Report of the Municipal Commissioner on the plague in Bombay for the year ending 31st May... - Volume 2
Disease focus: Plague
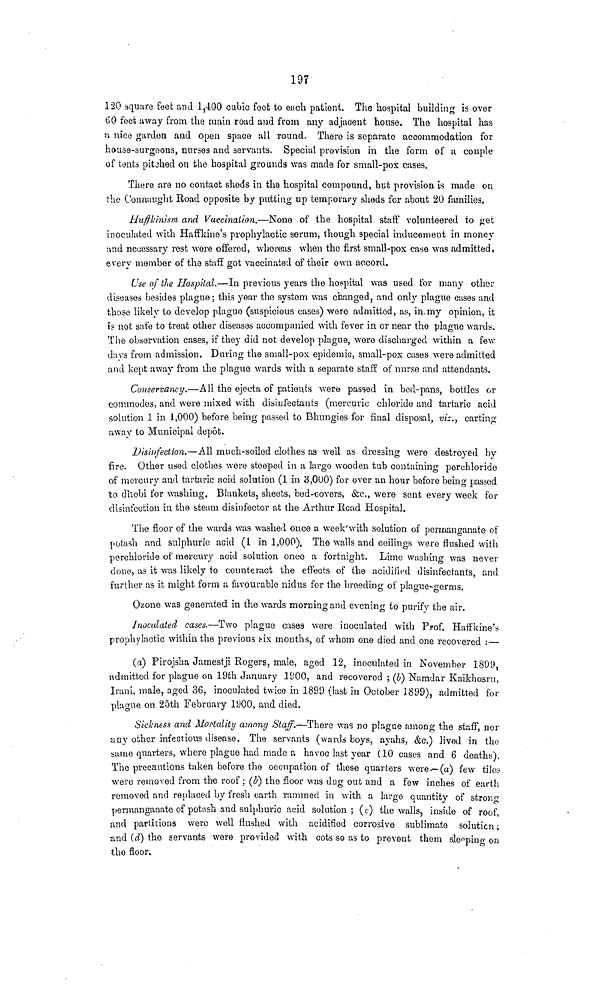
197
120 square feet and 1,400 cubic foot to each patient, The hospital building is over
60 feet away from the main road and from any adjacent house. The hospital has
•a nice garden and open space all round. There is separate accommodation for
house-surgoons, nurses and servants. Special provision in the form of a couple
of tdnts pitched on the hospital grounds was made for small-pox cases.
There are no contact sheds in the hospital compound, but provision is made on
the Connaught Road opposite by putting up temporary sheds for about 20 families.
Huftkinism and Vaccination.—None of the hospital staff volunteered to get
inoculated with Haffkine's prophylactic serum, though special inducement in money
and necessary rest wore offered, whereas when the first small-pox case was admitted,
every member of the staff got vaccinated of their own accord.
Use of the Hospital.—In previous years the hospital was used for many other
diseases besides plague; this year the system was changed, and only plague cases and
those likely to develop plaguo (suspicious cases) were admitted, as, in,my opinion, it
is not safe to treat other diseases accompanied with fever in or near the plague wards.
The observation cases, if they did not develop plague, wore discharged within a few
days from admission. During the small-pox epidemic, small-pox cases were admitted
and kept away from the plague wards with a separate staff of nurse and attendants.
Conservancy.—All the ejeeta of patients were passed in bed-pans, bottles or
commodes, and were mixed with disinfectants (mercuric chloride and tartaric acid
solution 1 in 1,000) before being passed to Bhungies for final disposal, viz., carting
away to Municipal depot.
1) is infection.— All much-soiled clothes as well as dressing were destroyed by
fire. Other used clothes were steeped in a largo wooden tub containing perchloride
of mercury and tartaric acid solution (1 in 3,000) for over an hour before being passed
to dhobi for washing. Blankets, sheets, bed-covers, &c., were sent every week for
disinfection in the steam disinfector at the Arthur Head Hospital.
The floor of the wards was washed once a week'with solution of permanganate of
potash and sulphuric; acid (1 in 1,000), The walls and ceilings were flushed with
perchloride of mercury acid solution onco a fortnight. Lime washing was never
done, as it was likely to counteract the effects of the acidified disinfectants, and
further as it might form a favourable nidus for the breeding of plague-germs.
Ozone was generated in the wards morning and evening to purify the air.
Inoculated cases.—Two plague cases were inoculated with Prof. Haffkine's
prophylactic within the previous HX months, of whom one died and one recovered :—
(a) Pirojsha Jamestji Rogers, male, aged 12, inoculated in November 1899,
admitted for plague on 19th January 1900, and recovered ; (b) Namdar Kaikhosru,
Irani, male, aged 36, inoculated twice in 1899 (last in October 1899), admitted for
plague on 25th February 1900, and died.
Sickness and Mortality among Staff.—There was no plague among the str.ff, nor
any other infectious disease. The servants (wards boys, ayahs, &c.) lived in the
same quarters, where plague had made a havoc last year (10 cases and 6 deaths).
The precautions taken before the occupation of these quarters were—(a) few tile?
were removed from the roof; (#) the floor was dug out and a few inches of earth
removed and replaced by fresh earth rammed in with a largo quantity of strong
permanganate of potash and sulphuric acid solution; (c) the walls, inside of roof,
and partitions w r erc well flushed with acidified corrosive sublimate solution;
and (d] the servants wore provided with cots so as to prevent them sle^pino-on
the floor.